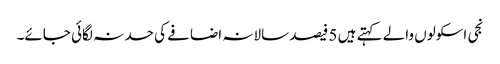
نجی اسکولوں والے کہتے ہیں 5 فیصد سالانہ اضافے کی حد نہ لگائی جائے۔